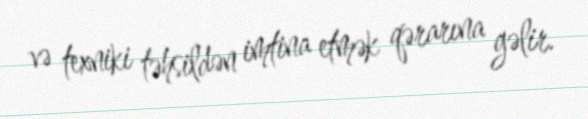
və texniki təhsildən imtina etmək qərarına gəlir.